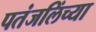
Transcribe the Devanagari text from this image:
पतंजलिंच्या